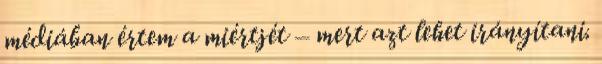
médiában értem a miértjét – mert azt lehet irányítani.